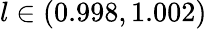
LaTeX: l\in(0.998,1.002)